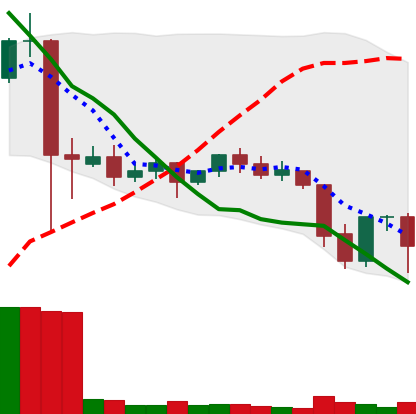
Ticker: ETC-USD
Chart end date: 2021-09-24
Forward return: -4.428%
Label: down_3_5